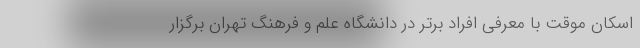
اسکان موقت با معرفی افراد برتر در دانشگاه علم و فرهنگ تهران برگزار